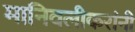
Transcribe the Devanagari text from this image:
मानिवलीकरांनी